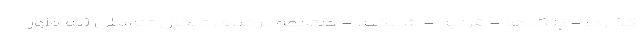
گذارد: - پلک ها - قرنیه - شبکیه - ملتحمه برخلاف تبخال تناسلی (به طور